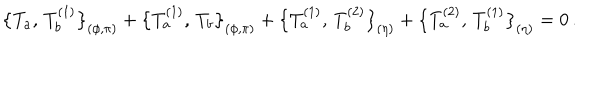
\bigl \{ T _ { a } , \, T _ { b } ^ { ( 1 ) } \bigr \} _ { ( \phi , \pi ) } + \bigl \{ T _ { a } ^ { ( 1 ) } , \, T _ { b } \bigr \} _ { ( \phi , \pi ) } + \bigl \{ T _ { a } ^ { ( 1 ) } , \, T _ { b } ^ { ( 2 ) } \bigr \} _ { ( \eta ) } + \bigl \{ T _ { a } ^ { ( 2 ) } , \, T _ { b } ^ { ( 1 ) } \bigr \} _ { ( \eta ) } = 0 \, .